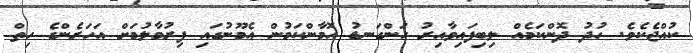
ކުއްޖެކެވެ. ހުދު ދޮންކަމެއް ލިބިފައިވާއިރު ހަންގަނޑު އޮމާންކަމުން އެމޫނުގައި ފިރުމާލުމަށް އަހަރެންގެ ހިތް